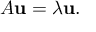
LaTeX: A \mathbf { u } = \lambda \mathbf { u } .